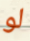
لو